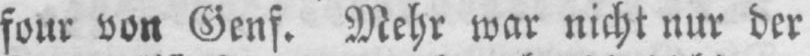
four von Genf. Mehr war nicht nur der